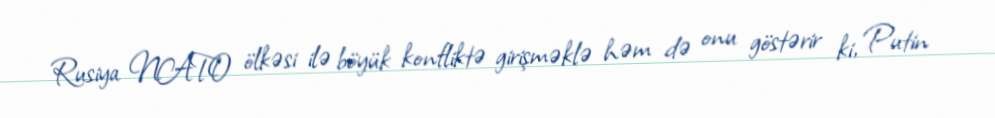
Rusiya NATO ölkəsi ilə böyük konfliktə girişməklə həm də onu göstərir ki, Putin